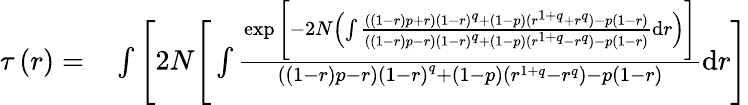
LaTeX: \begin{array}{rl}{\tau\left(r\right)=}&{{}\int\Bigg[2N\Bigg[\int\frac{\exp\Bigg[{-2N\left(\int\frac{\left(\left(1-r\right)p+r\right)\left(1-r\right)^{q}+\left(1-p\right)(r^{1+q}+r^{q})-p\left(1-r\right)}{\left(\left(1-r\right)p-r\right)\left(1-r\right)^{q}+\left(1-p\right)(r^{1+q}-r^{q})-p\left(1-r\right)}\mathrm{d}r\right)}\Bigg]}{\left(\left(1-r\right)p-r\right)\left(1-r\right)^{q}+\left(1-p\right)(r^{1+q}-r^{q})-p\left(1-r\right)}\mathrm{d}r\Bigg]}\end{array}